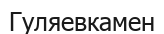
Гуляевкамен